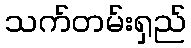
သက်တမ်းရှည်